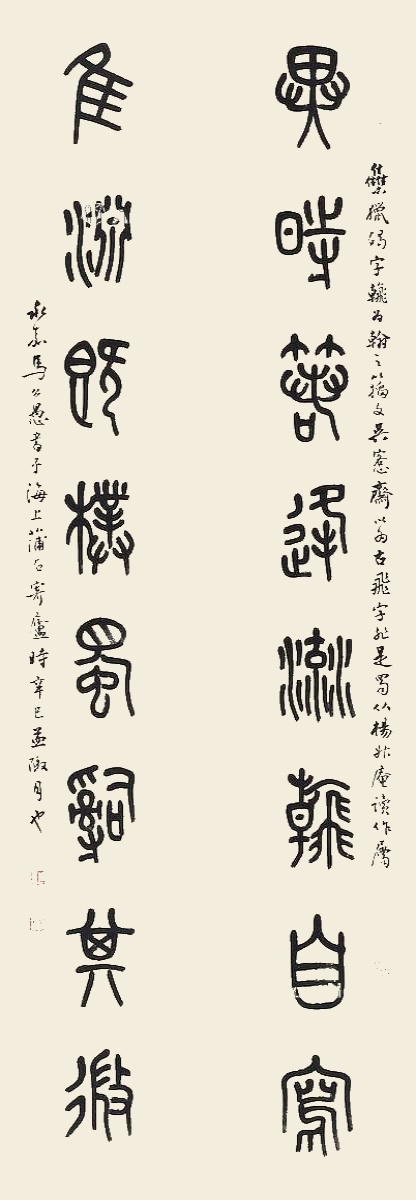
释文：异时若逢流翰自写，唯渊既朴属辞其微。集猎碣字为翰之籀文，吴愙斋以为古飞字，非是。蜀从杨升庵读作属。永嘉马公愚书于海上蒲石寄庐，时辛巳孟陬月也。